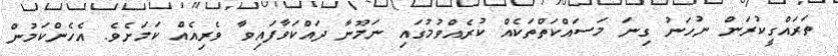
ތަރައްގީކުރަން ނުހަނު ގިނަ މަސައްކަތްތަކެއް ކުރެއްވުމުގައި ނަމޫނާ ދައްކަވާފައިވާ ވެރިއެއް ކަމަށެވެ. އެހެންކަމުން